画像に写った文字を読んでください
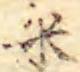
「米」と書いてあります